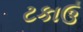
ટકાઉ